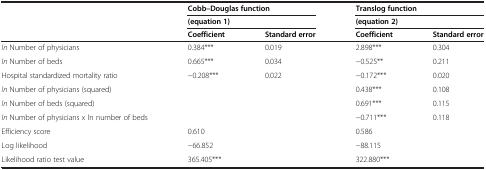
|  | <COLSPAN=2> Cobb–Douglas function | <COLSPAN=2> Translog function |
 |  | <COLSPAN=2> (equation 1) | <COLSPAN=2> (equation 2) |
 |  | Coefficient | Standard error | Coefficient | Standard error |
 | --- | --- | --- | --- | --- |
 | ln Number of physicians | 0.384*** | 0.019 | 2.898*** | 0.304 |
 | ln Number of beds | 0.665*** | 0.034 | −0.525** | 0.211 |
 | Hospital standardized mortality ratio | −0.208*** | 0.022 | −0.172*** | 0.020 |
 | ln Number of physicians (squared) |  |  | 0.438*** | 0.108 |
 | ln Number of beds (squared) |  |  | 0.691*** | 0.115 |
 | ln Number of physicians x ln number of beds |  |  | −0.711*** | 0.118 |
 | Efficiency score | 0.610 |  | 0.586 |  |
 | Log likelihood | −66.852 |  | −88.115 |  |
 | Likelihood ratio test value | 365.405*** |  | 322.880*** |  |